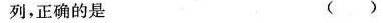
列，正确的是 ()